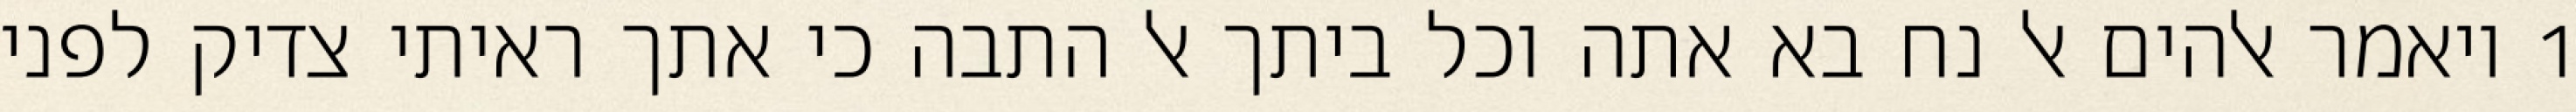
1 ויאמר אלהים אל נח בא אתה וכל ביתך אל התבה כי אתך ראיתי צדיק לפני